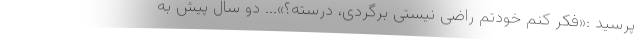
پرسید :«فکر کنم خودتم راضی نیستی برگردی، درسته؟»... دو سال پیش به